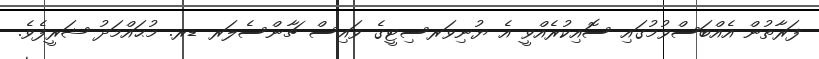
ފަރާތުން އެއްބަސްވުމުގައި ސޮއިކުރެއްވީ އެ ޔުނިވަރސިޓީގެ ވައިސް ޗާންސެލަރ ޑރ. މުޙައްމަދު ޝަރީފެވެ.